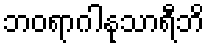
ဘဝရာဂါနုသာရီဘိ